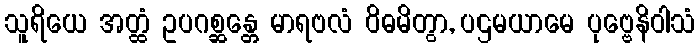
သူရိယေ အတ္ထံ ဥပဂစ္ဆန္တေ မာရဗလံ ဝိဓမိတွာ, ပဌမယာမေ ပုဗ္ဗေနိဝါသံ